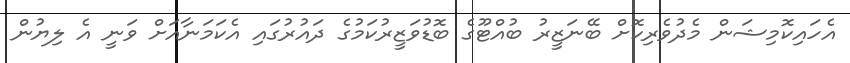
އެހައިކޮމިޝަން މެދުވެރިކޮށް ބޭނަޒީރު ބުއްޓޫގެ ބޮޑުވަޒީރުކަމުގެ ދައުރުގައި އެކަމަނާއަށް ވަނީ އެ ލިޔުން